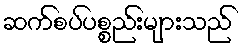
ဆက်စပ်ပစ္စည်းများသည်